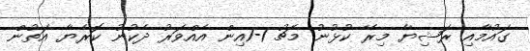
ގައުމާއި ރަޝިޔާ މިރޭ ކުޅުނު މެޗު 1-1އިން އެއްވަރު ދެކުނު ކޮރެޔާ އަތުން